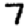
Digit: 7